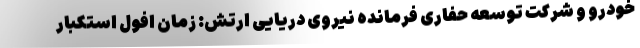
خودرو و شرکت توسعه حفاری فرمانده نیروی دریایی ارتش: زمان افول استکبار